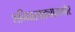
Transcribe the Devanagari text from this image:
शनिवारवाड्यासमोर